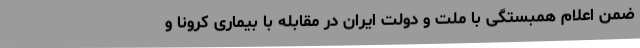
ضمن اعلام همبستگی با ملت و دولت ایران در مقابله با بیماری کرونا و